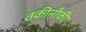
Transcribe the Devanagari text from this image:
तकीनीकी